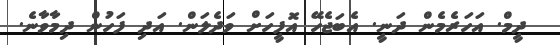
ދީމް. އަހަރެމެން ދަނީ. އެބަޖެހޭ އޮފީހަށް ވަދެލަން. އަދި ފަހުން ދިމާވާނެ.